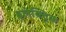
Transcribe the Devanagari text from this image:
इलेक्ट्रिक